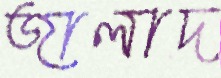
জালাদ